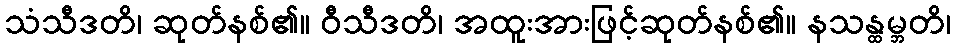
သံသီဒတိ၊ ဆုတ်နစ်၏။ ဝီသီဒတိ၊ အထူးအားဖြင့်ဆုတ်နစ်၏။ နသန္ထမ္ဘတိ၊